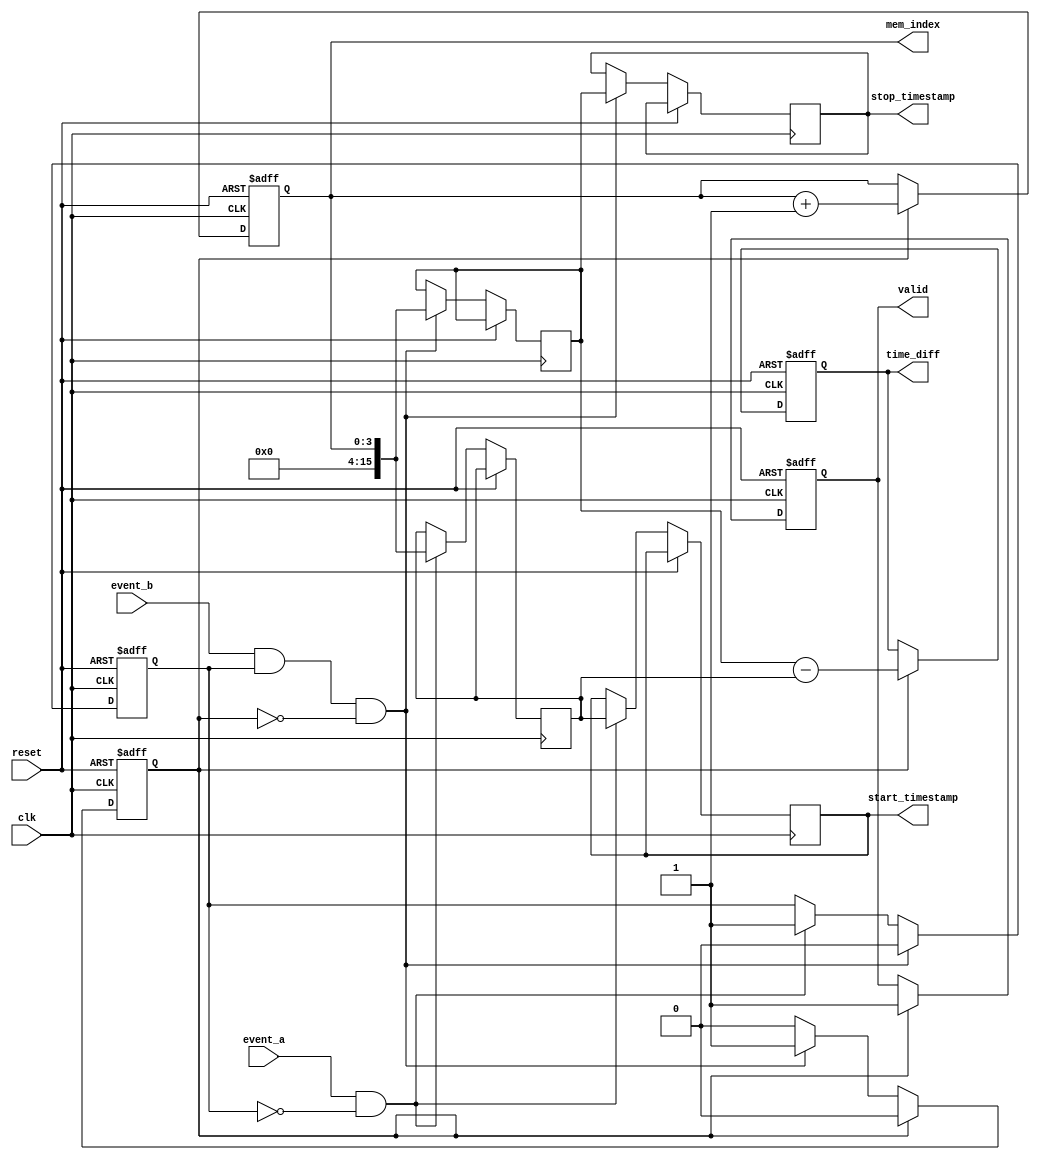
module tdc (
    input wire clk,            // Global clock signal
    input wire reset,          // Reset signal
    input wire event_a,        // Start signal (Event A)
    input wire event_b,        // Stop signal (Event B)
    output reg [15:0] time_diff, // Time difference output
    output reg valid,          // Valid data indication
    output reg [15:0] start_timestamp, // Start timestamp output
    output reg [15:0] stop_timestamp,  // Stop timestamp output
    output reg [3:0] mem_index // Memory index for storing timestamps
);

    reg [15:0] memory [0:15]; // Memory array to store timestamps (16 entries)
    reg [15:0] start_time;     // Register to hold start timestamp
    reg [15:0] stop_time;      // Register to hold stop timestamp
    reg capturing_a;           // Flag to indicate if capturing Event A
    reg capturing_b;           // Flag to indicate if capturing Event B

    // Reset logic
    always @(posedge clk or posedge reset) begin
        if (reset) begin
            mem_index <= 0;              // Reset memory index
            valid <= 0;                  // Clear valid flag
            time_diff <= 0;              // Clear time difference
            capturing_a <= 0;            // Clear capturing flags
            capturing_b <= 0;            // Clear capturing flags
        end else begin
            // Detect Event A
            if (event_a && !capturing_a) begin
                start_time <= mem_index;  // Capture current memory index as start timestamp
                start_timestamp <= start_time;
                capturing_a <= 1;          // Set capturing A flag
            end

            // Detect Event B
            if (event_b && capturing_a && !capturing_b) begin
                stop_time <= mem_index;   // Capture current memory index as stop timestamp
                stop_timestamp <= stop_time;
                capturing_b <= 1;          // Set capturing B flag
                capturing_a <= 0;          // Reset capturing A flag
            end

            // Calculate time difference and store in memory
            if (capturing_b) begin
                time_diff <= stop_time - start_time; // Calculate time difference
                memory[mem_index] <= time_diff;       // Store time difference in memory
                valid <= 1;                           // Set valid flag
                mem_index <= mem_index + 1;          // Increment memory index
                capturing_b <= 0;                     // Reset capturing B flag
            end
        end
    end
    
endmodule